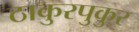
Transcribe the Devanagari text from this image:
ठाकुरपुकुर